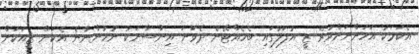
އެކަމަކު އަހަންނަށްވުރެ ޒީ އުފަލުގައި ބެހެއްޓޭނެ ދެވަނަ އިންސާނަކު ނުހުންނާނެ އެކަން ޒީއަކަށް